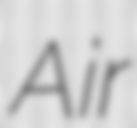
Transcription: Air